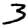
Digit: 3